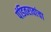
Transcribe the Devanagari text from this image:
पंडितरावांचा